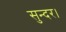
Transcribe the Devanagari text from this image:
सुन्दर।